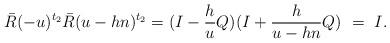
LaTeX: \begin{align*}\bar{R}(-u)^{t_2}\bar{R}(u-hn)^{t_2}=(I-\frac{h}{u}Q)(I+\frac{h}{u-hn}Q)~=~I.\end{align*}